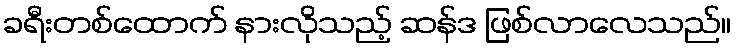
ခရီးတစ်ထောက် နားလိုသည့် ဆန်ဒ ဖြစ်လာလေသည်။